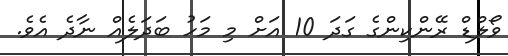
ވޯލްޑް ރޭންކިންގެ ގަދަ 10 އަށް މި މަހު ބަދަލެއް ނާދެ އެވެ.